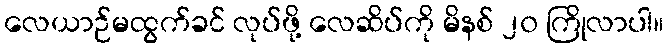
လေယာဉ်မထွက်ခင် လုပ်ဖို့ လေဆိပ်ကို မိနစ် ၂၀ ကြိုလာပါ။